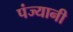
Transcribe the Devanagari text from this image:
पंज्यानी